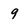
Character: 9